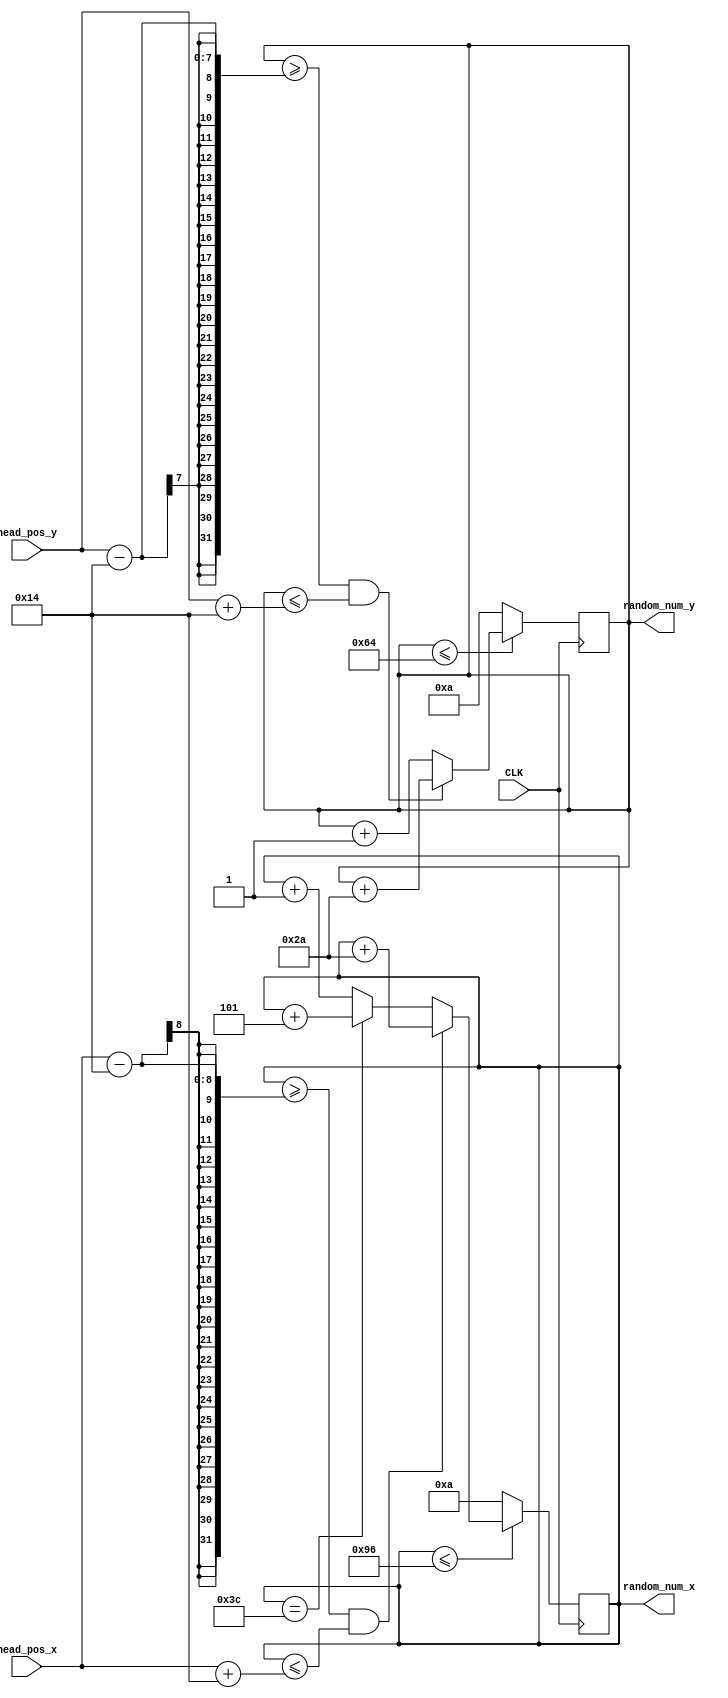
`timescale 1ns / 1ps
//////////////////////////////////////////////////////////////////////////////////
// Company: The university of Edinburgh
// 
// Design Name: Snake Game
// Module Name: random_number
// Project Name: Snake Game
// Target Devices: Basys 3 board
// Tool Versions: Vivado 2015.2 
// Description: 
// This is used to generate the random number it should be notice that the random number should be display in the purpose range 
// 
// Dependencies: 
// 
// Revision:
// Revision 0.01 - File Created
// Additional Comments:
// 
//////////////////////////////////////////////////////////////////////////////////


module random_number(
    input CLK,
    input [7:0] head_pos_x,
    input [6:0] head_pos_y,

    output reg [7:0] random_num_x,
    output reg [6:0] random_num_y
    );
        
    always@(posedge CLK) begin
        if(random_num_x <= 150) begin
            if((random_num_x >= head_pos_x-20)&&(random_num_x <= head_pos_x+20))
                random_num_x <= random_num_x + 42;
            else if (random_num_x == 60)
                random_num_x <= random_num_x + 5;
            else
                random_num_x <= random_num_x + 1;
        end        
        else 
            random_num_x <=10;
    end
    
    
    
    always@(posedge CLK) begin
    if(random_num_y <= 100)begin
        if((random_num_y >= head_pos_y-20)&&(random_num_y <= head_pos_y+20))
            random_num_y <= random_num_y + 42;
        else
            random_num_y <= random_num_y + 1;
    end   
    else
        random_num_y <= 10;
    end

        
endmodule